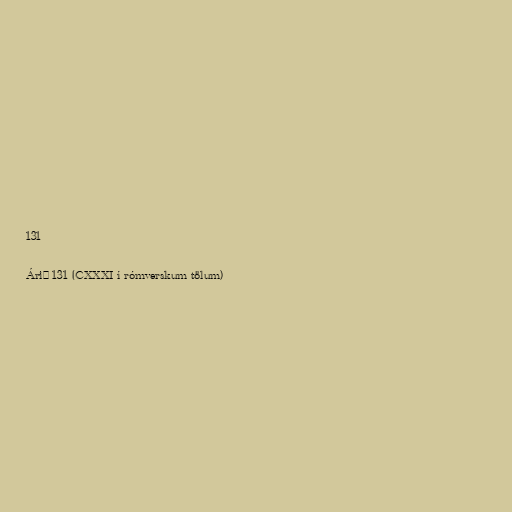
131

Árið 131 (CXXXI í rómverskum tölum)